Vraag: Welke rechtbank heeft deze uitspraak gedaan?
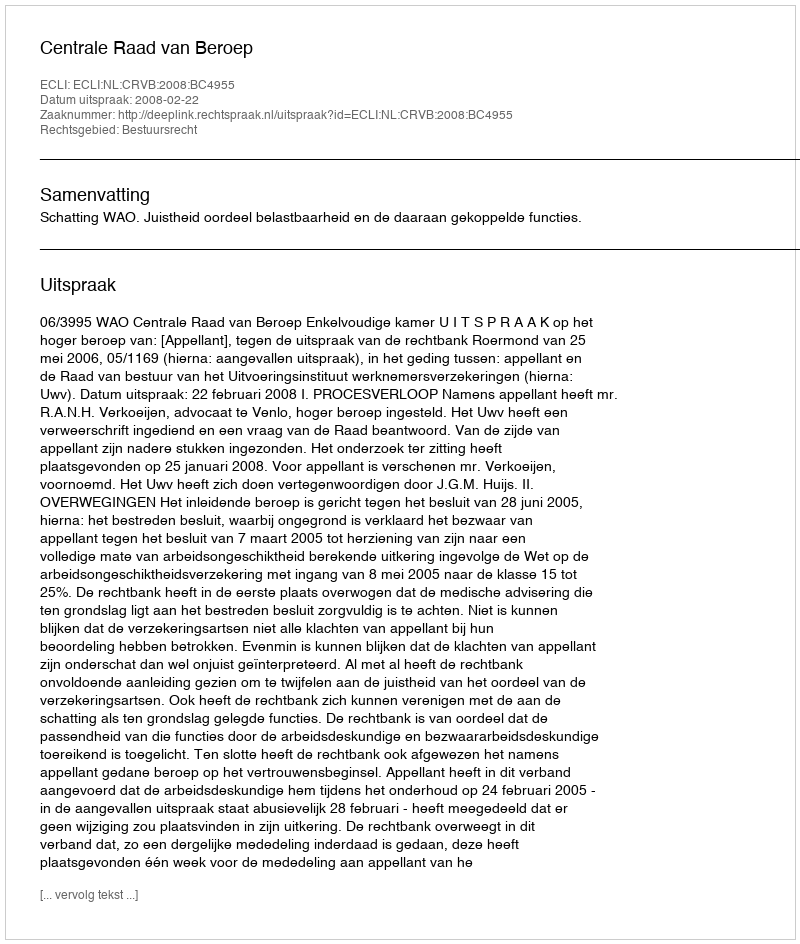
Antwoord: Centrale Raad van Beroep